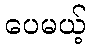
ပေမယ့်